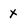
Character: x